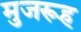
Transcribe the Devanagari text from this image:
मुजरूह